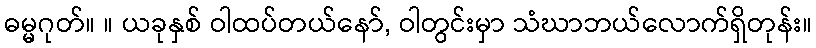
ဓမ္မဂုတ်။ ။ ယခုနှစ် ဝါထပ်တယ်နော်, ဝါတွင်းမှာ သံဃာဘယ်လောက်ရှိတုန်း။